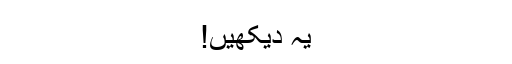
یہ دیکھیں!